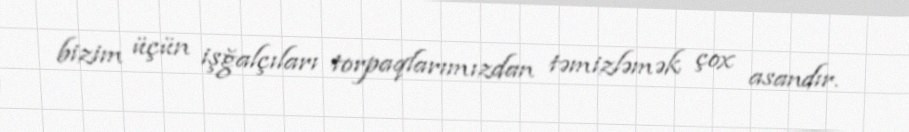
bizim üçün işğalçıları torpaqlarımızdan təmizləmək çox asandır.